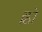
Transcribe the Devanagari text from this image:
ह्वो